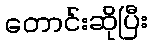
တောင်းဆိုပြီး